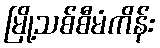
မြို့သစ်စီမံကိန်း